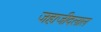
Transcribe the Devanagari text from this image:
जहाजीदलाल